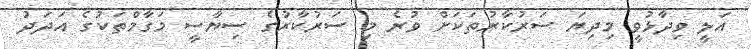
އަލީ ވިދާޅުވީ މިދިޔަ ސަރުކާރުތަކަށް ވުރެ މި ސަރުކާރުގެ ސިޔާސީ މަގާމްތަކުގެ އަދަދު